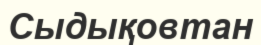
Сыдықовтан